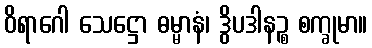
ဝိရာဂေါ သေဋ္ဌော ဓမ္မာနံ၊ ဒွိပဒါနဉ္စ စက္ခုမာ။